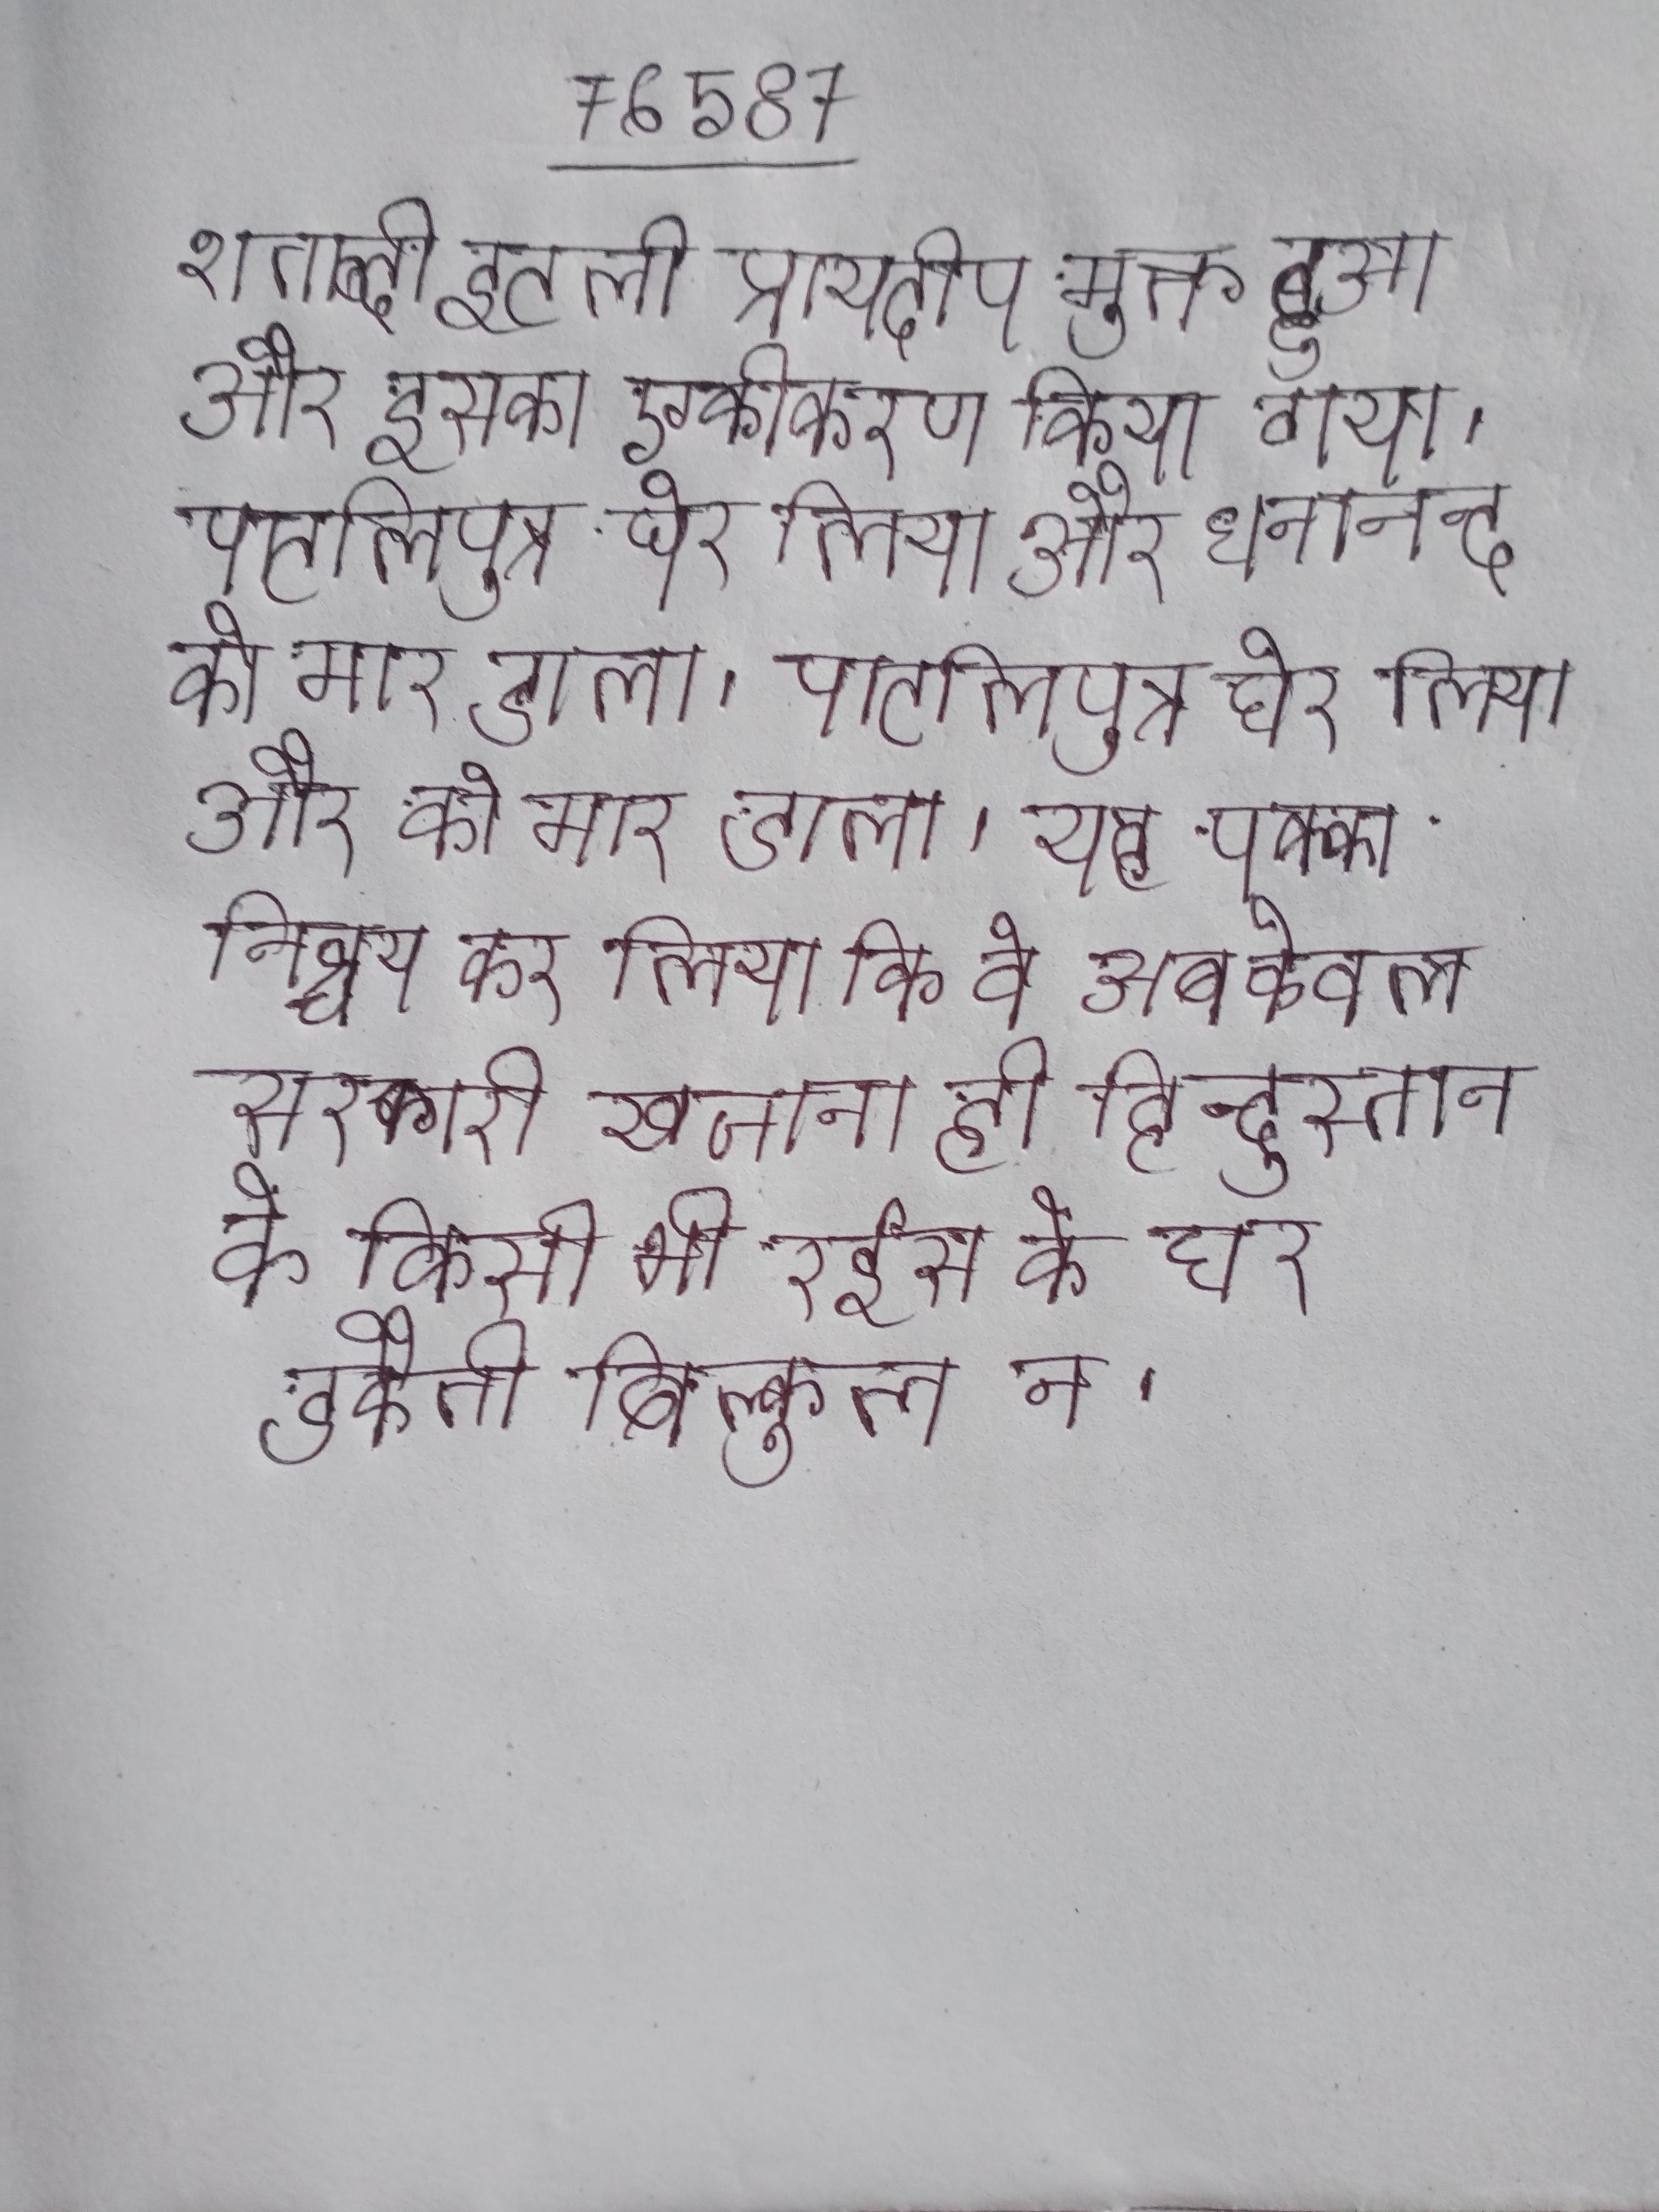
शताब्दी इटली प्रायदीप मुक्त हुआ और इसका एकीकरण किया गया । पाटलिपुत्र घेर लिया और धनानन्द को मार डाला । पाटलिपुत्र घेर लिया और को मार डाला । यह पक्का निश्चय कर लिया कि वे अब केवल सरकारी खजाना ही हिन्दुस्तान के किसी भी रईस के घर डकैती बिल्कुल न ।